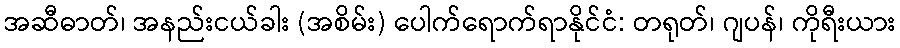
အဆီဓာတ်၊ အနည်းငယ်ခါး (အစိမ်း) ပေါက်ရောက်ရာနိုင်ငံ: တရုတ်၊ ဂျပန်၊ ကိုရီးယား